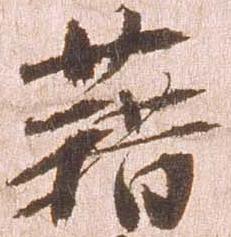
藉